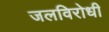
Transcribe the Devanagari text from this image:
जलविरोधी